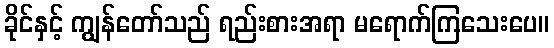
ခိုင်နှင့် ကျွန်တော်သည် ရည်းစားအရာ မရောက်ကြသေးပေ။